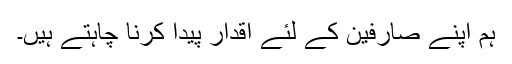
ہم اپنے صارفین کے لئے اقدار پیدا کرنا چاہتے ہیں۔